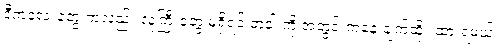
ဒီကလေးတွေ ကလည်း လူကြီးတွေ မရှိရင် တံခါးကို အတွင်းကနေ ချက်ထိုး ထားရမယ်။